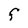
Character: F